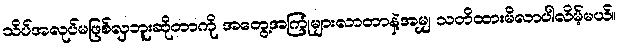
သိပ်အလုပ်မဖြစ်လှဘူးဆိုတာကို အတွေ့အကြုံများလာတာနဲ့အမျှ သတိထားမိလာပါလိမ့်မယ်။